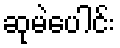
ဆုမဲပေါင်း